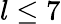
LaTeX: l\leq 7